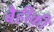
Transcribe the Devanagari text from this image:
बैहीक़ी